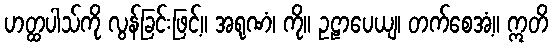
ဟတ္ထပါသ်ကို လွန်ခြင်းဖြင့်။ အရုဏံ၊ ကို။ ဥဠာပေယျ၊ တက်စေအံ့။ ဣတိ